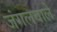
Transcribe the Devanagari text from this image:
जंगलवाले